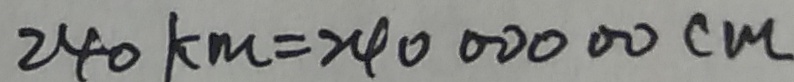
2 4 0 k m = 2 4 0 0 0 0 0 0 c m